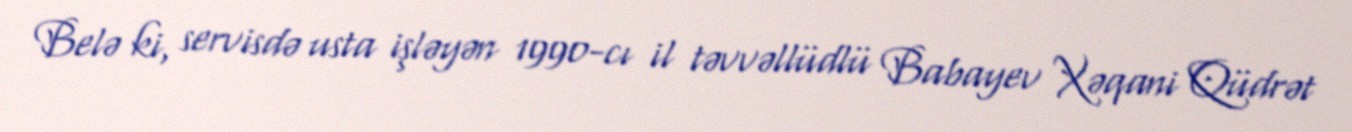
Belə ki, servisdə usta işləyən 1990-cı il təvvəllüdlü Babayev Xəqani Qüdrət